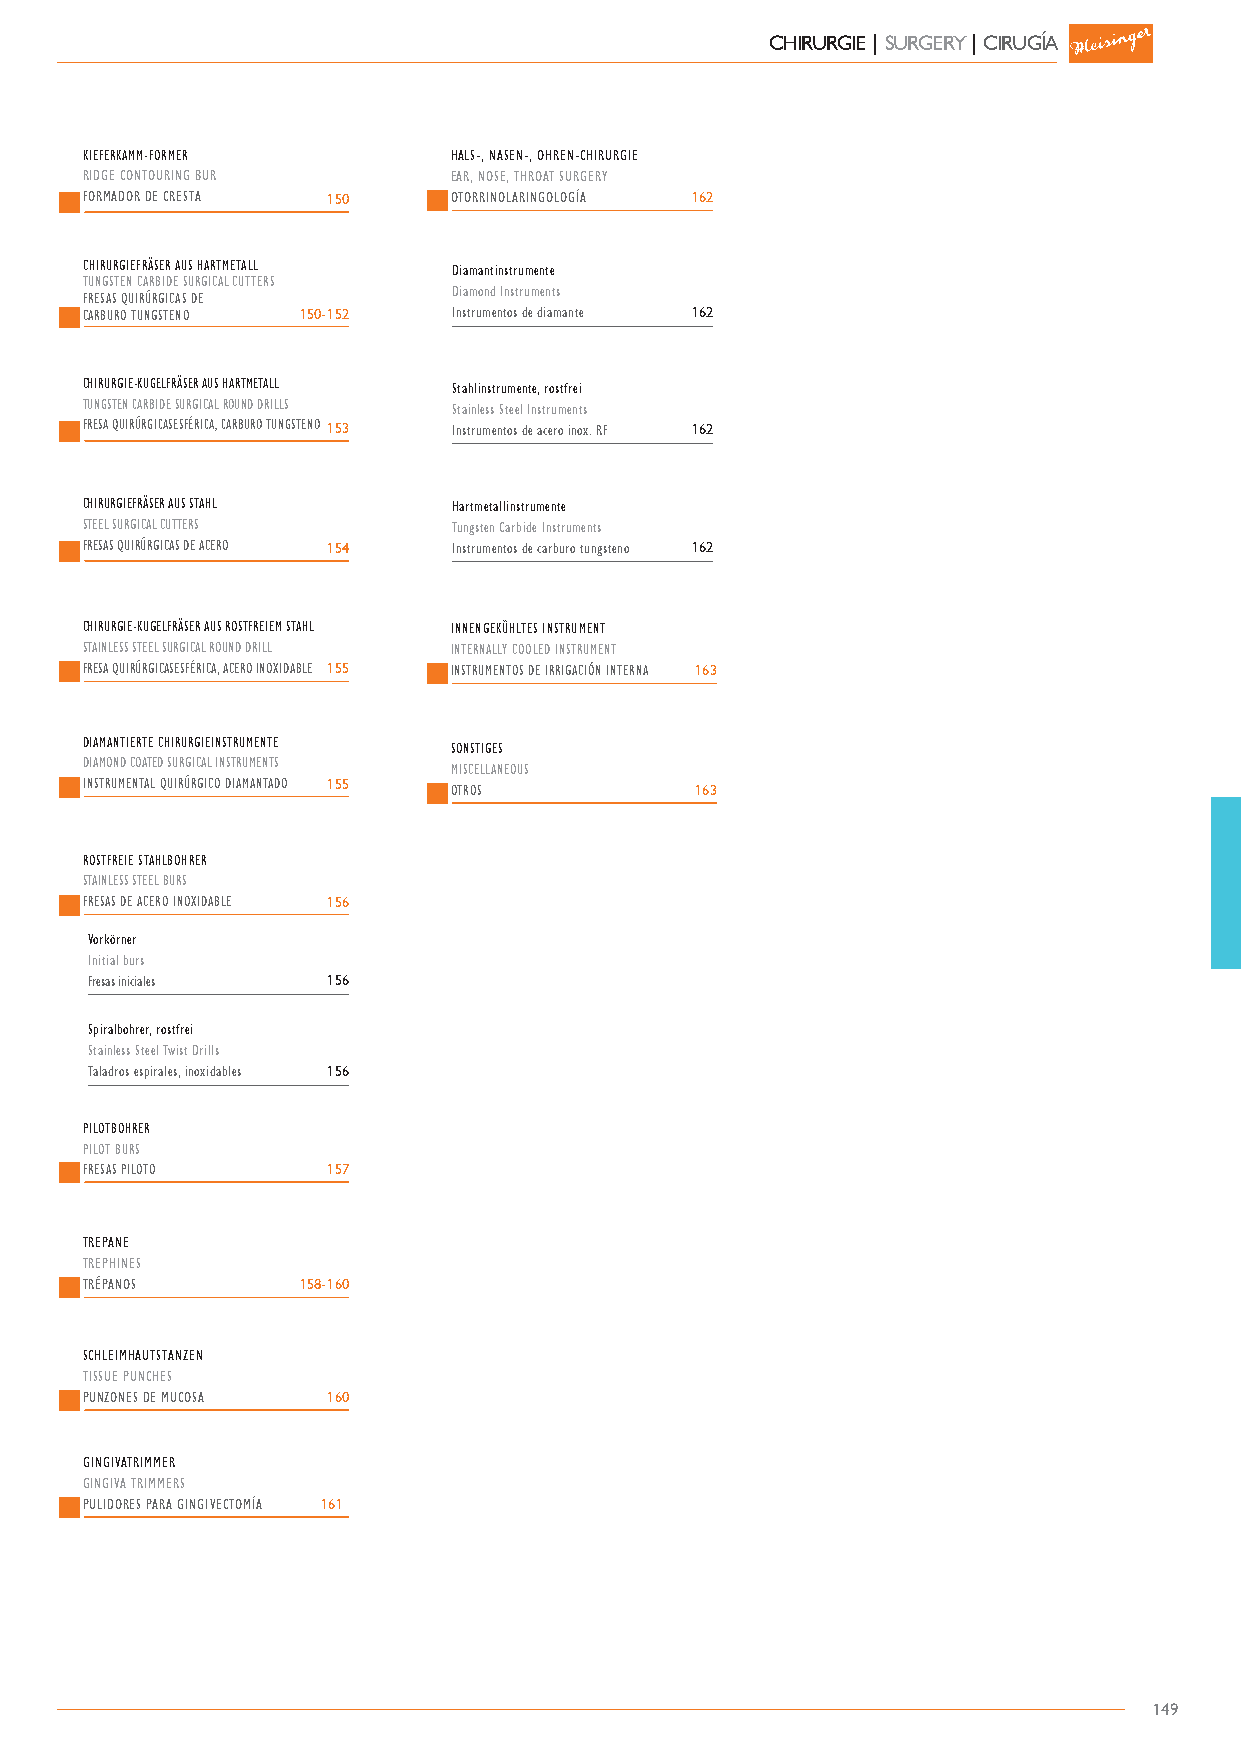
CHIRURGIE | SURGERY | CIRUGÍA
 KIEFERKAMM-FORMER        HALS-, NASEN-, OHREN-CHIRURGIE
 RIDGE CONTOURING BUR     EAR, NOSE, THROAT SURGERY
 FORMADOR DE CRESTA 150   OTORRINOLARINGOLOGÍA 162
 CHIRURGIEFRÄSER AUS HARTMETALL Diamantinstrumente
 TUNGSTEN CARBIDE SURGICAL CUTTERS
 Diamond Instruments
 FRESAS QUIRÚRGICAS DE
 CARBURO TUNGSTENO 150-152 Instrumentos de diamante 162
 CHIRURGIE-KUGELFRÄSER AUS HARTMETALL Stahlinstrumente, rostfrei
 TUNGSTEN CARBIDE SURGICAL ROUND DRILLS Stainless Steel Instruments
 FRESA QUIRÚRGICASESFÉRICA, CARBURO TUNGSTENO153 Instrumentos de acero inox. RF 162
 CHIRURGIEFRÄSER AUS STAHL Hartmetallinstrumente
 STEEL SURGICAL CUTTERS   Tungsten Carbide Instruments
 FRESAS QUIRÚRGICAS DE ACERO 154 Instrumentos de carburo tungsteno 162
 CHIRURGIE-KUGELFRÄSER AUS ROSTFREIEM STAHL INNENGEKÜHLTES INSTRUMENT
 STAINLESS STEEL SURGICAL ROUND DRILL INTERNALLY COOLED INSTRUMENT
 FRESA QUIRÚRGICASESFÉRICA, ACERO INOXIDABLE 155 INSTRUMENTOS DE IRRIGACIÓN INTERNA 163
 DIAMANTIERTE CHIRURGIEINSTRUMENTE
 SONSTIGES
 DIAMOND COATED SURGICAL INSTRUMENTS
 MISCELLANEOUS
 INSTRUMENTAL QUIRÚRGICO DIAMANTADO 155 OTROS 163
 ROSTFREIE STAHLBOHRER
 STAINLESS STEEL BURS
 FRESAS DE ACERO INOXIDABLE 156
 Vorkörner
 Initial burs
 Fresas iniciales 156
 Spiralbohrer, rostfrei
 Stainless Steel Twist Drills
 Taladros espirales, inoxidables 156
 PILOTBOHRER
 PILOT BURS
 FRESAS PILOTO    157
 TREPANE
 TREPHINES
 TRÉPANOS       158-160
 SCHLEIMHAUTSTANZEN
 TISSUE PUNCHES
 PUNZONES DE MUCOSA 160
 GINGIVATRIMMER
 GINGIVA TRIMMERS
 PULIDORES PARA GINGIVECTOMÍA 161
 149